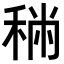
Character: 𥞻